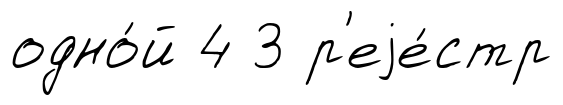
одно́й 4 3 р'еjе́стр